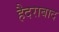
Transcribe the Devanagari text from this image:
हैदराबाद